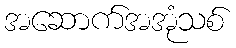
အဆောက်အအုံသစ်